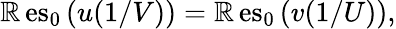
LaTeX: \operatorname{\mathbb{R}es}_{0}\left(u(1/V)\right)=\operatorname{\mathbb{R}es}_{0}\left(v(1/U)\right),